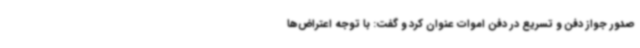
صدور جواز دفن و تسریع در دفن اموات عنوان کرد و گفت: با توجه اعتراض‌ها